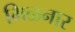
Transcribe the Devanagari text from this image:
मिळनार